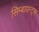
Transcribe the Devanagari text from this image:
सिम्बायन्ट्स